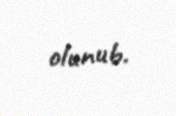
olunub.